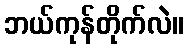
ဘယ်ကုန်တိုက်လဲ။